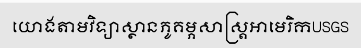
យោងតាមវិទ្យាស្ថានភូគម្ភសាស្ត្រអាមេរិកUSGS